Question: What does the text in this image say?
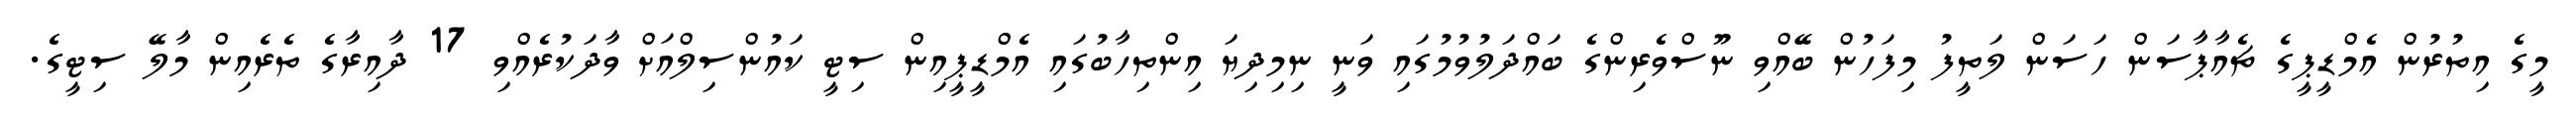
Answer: މީގެ އިތުރުން އެމްޑީޕީގެ ޗެއާޕާސަން ހަސަން ލަތީފު މިފަހުން ބޭއްވި ނޫސްވެރިންގެ ބައްދަލުވުމުގައި ވަނީ ނިމިދިޔަ އިންތިހާބުގައި އެމްޑީޕީއިން ސިޓީ ކައުންސިލްއަށް ވާދަކުރެއްވި 17 ދާއިރާގެ ތެރެއިން މާލޭ ސިޓީގެ.